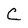
Character: C